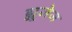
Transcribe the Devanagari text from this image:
ह्यूजेज